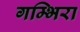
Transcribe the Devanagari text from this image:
गम्भिरा